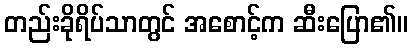
တည်းခိုရိပ်သာတွင် အစောင့်က ဆီးပြော၏။